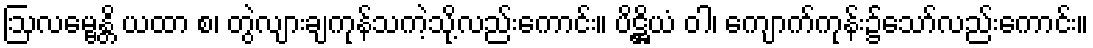
ဩလမ္ဗေန္တိ ယထာ စ၊ တွဲလျားချကုန်သကဲ့သို့လည်းကောင်း။ ပိဋ္ဌိယံ ဝါ၊ ကျောက်ကုန်း၌သော်လည်းကောင်း။